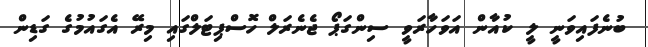
ބުނެފައިވަނީ ލީ ކުއާން އަވަހާރަވީ ސިންގަޕޯ ޖެނެރަލް ހޮސްޕިޓަލްގައި މިރޭ އެގައުމުގެ ގަޑިން